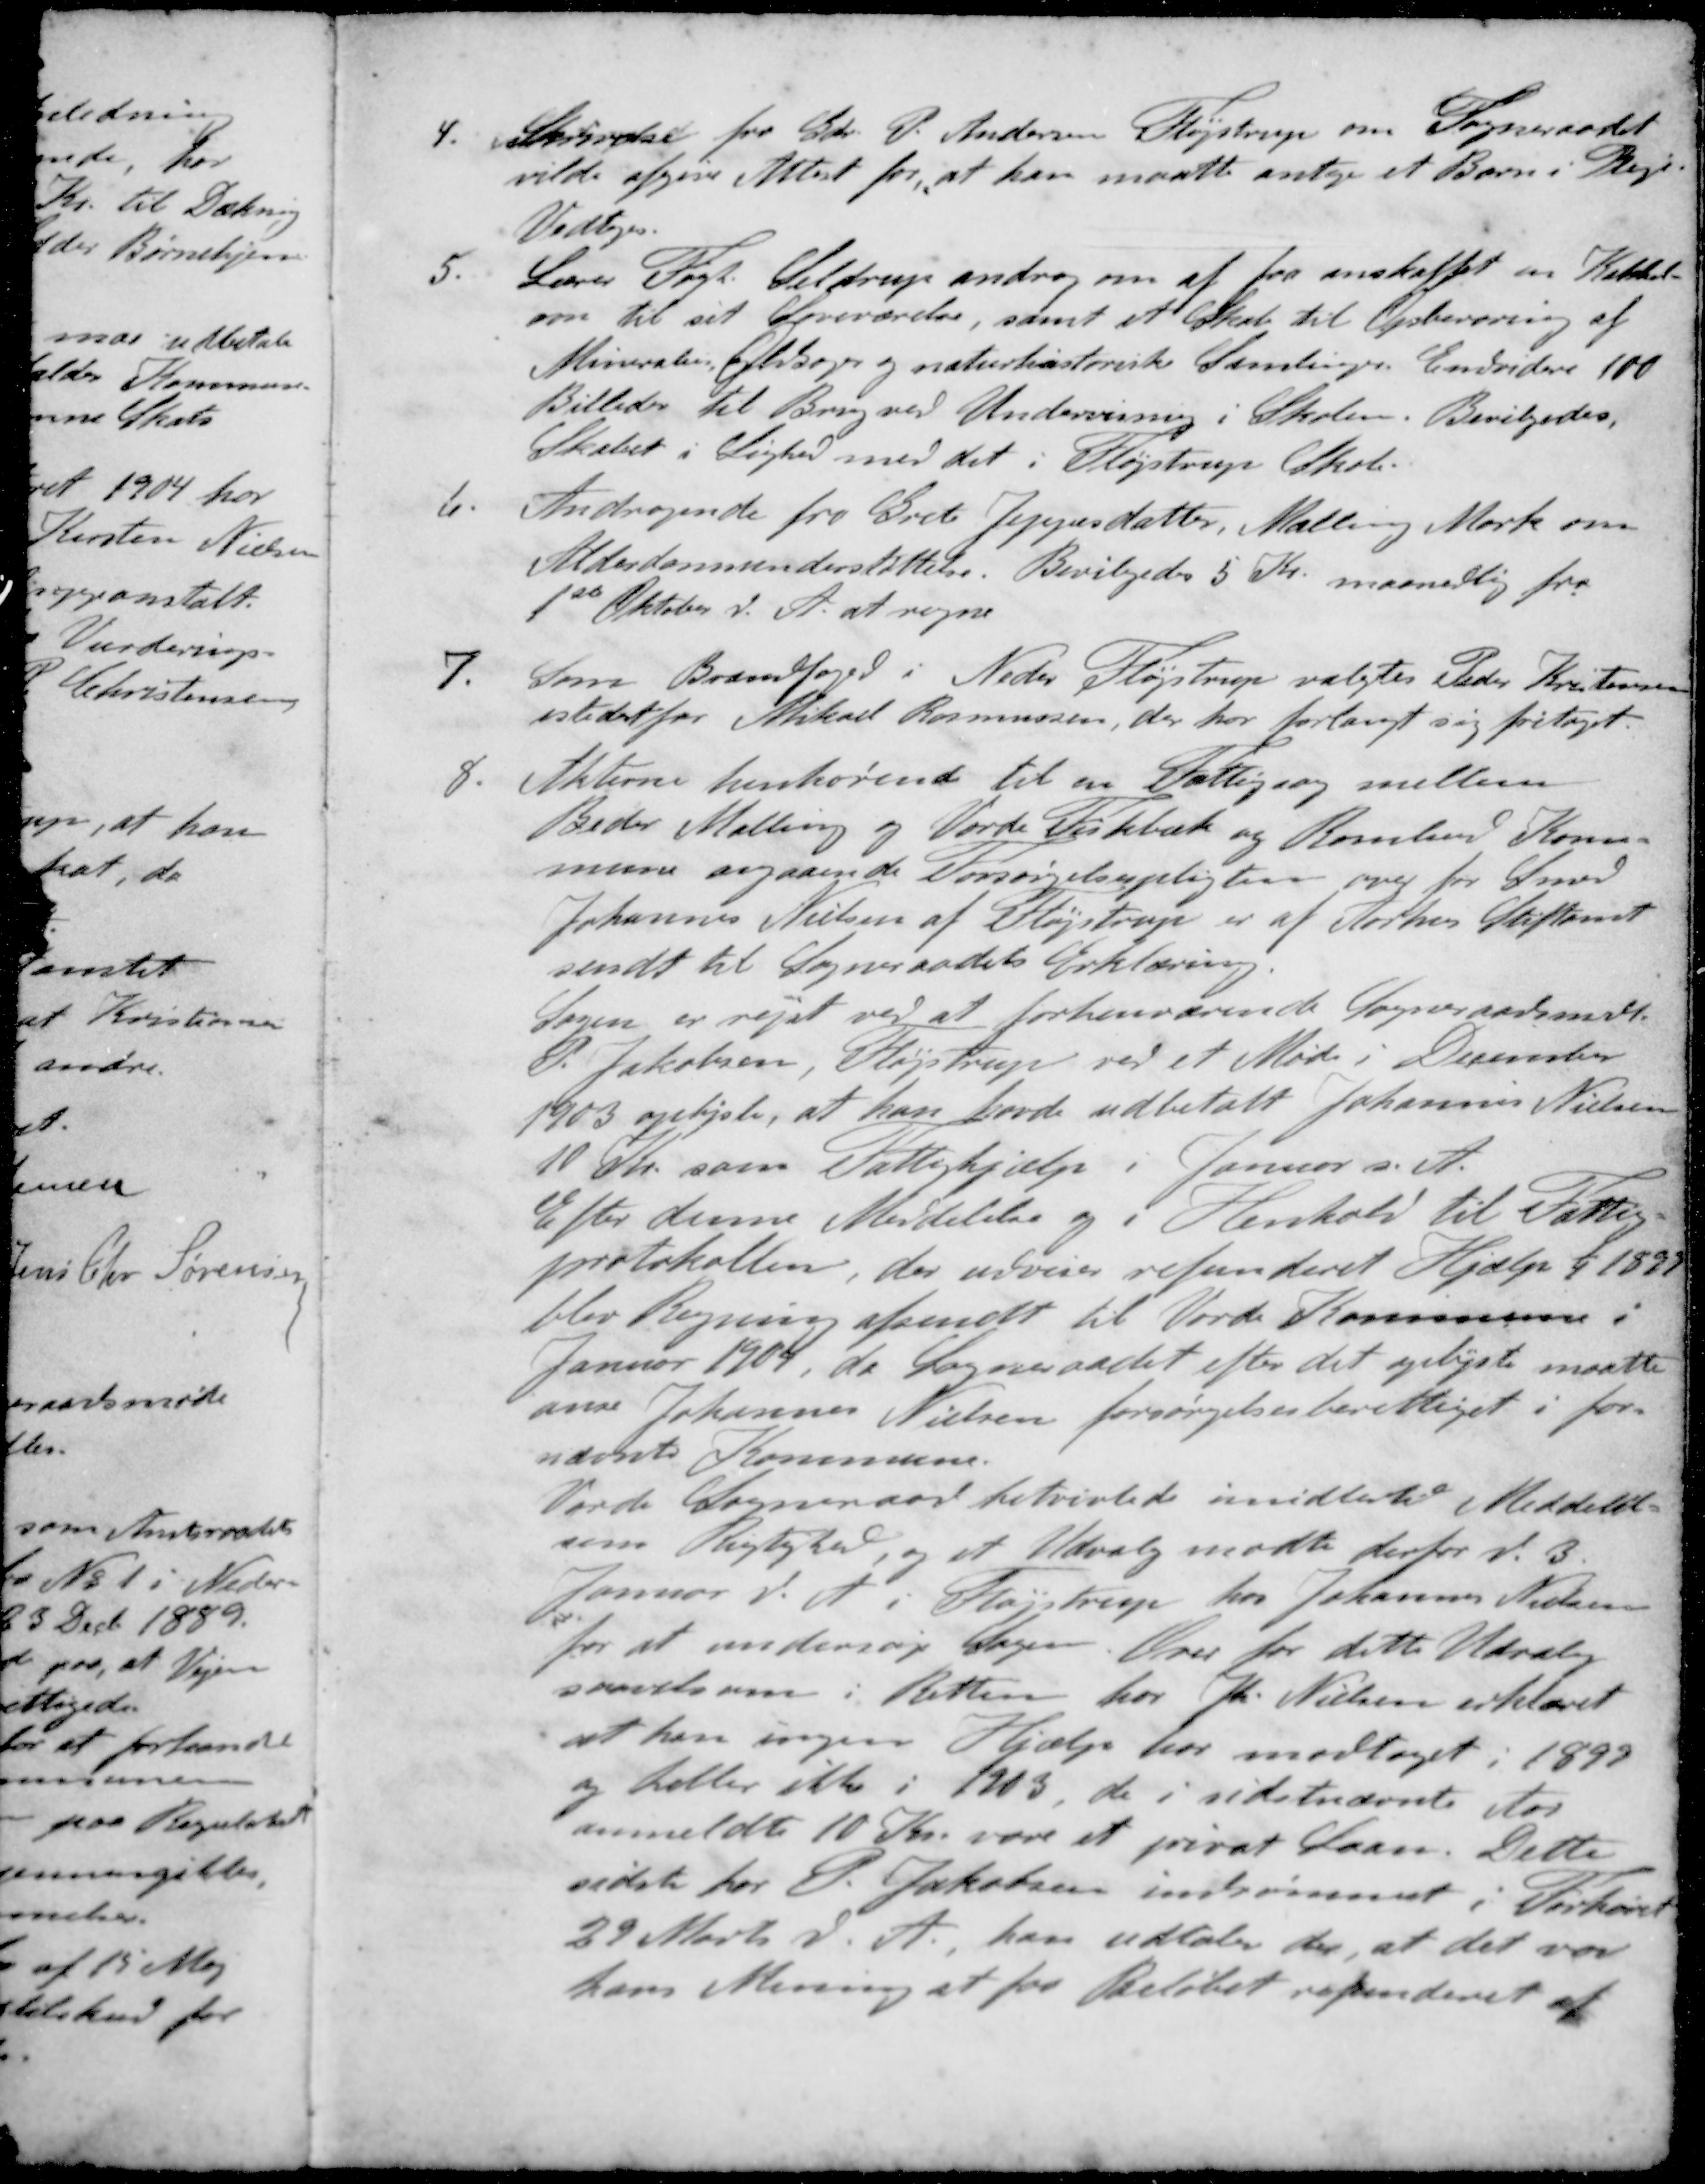
Transskription:
4. Skrivelse fra Gdr. P. Andersen Fløjstrup om Sogneraadet
vilde afgive Attest for, at han maatte antage et Barn i Pleje-
Vedtoges.
5.  Lærer Fogh Seldrup androg om at faa anskaffet en Kakkel-
ovn til sit Soveværelse, samt et Skab til Opbevaring af 
Minerale Oldsager og naturhistoriske Samlinger. Endvidere 100
Billeder til Brug ved Undervisning i Skolen. Bevilgedes.
Skabet i Lighed med det i Fløjstrup Skole
6. Andragende fra Grete Jeppesdatter, Malling Mark om
Alderdomsunderstøttelse. Bevilgedes 5 Kr. maanedlig fra
1ste Oktober d. A. at regne
7. Som Brandfoged i Neder Fløjstrup valgtes Peder Kristensen
istedetfor Mikael Rasmussen, der har forlangt sig fritaget.
8. Akterne henhørende til en Fattigsag mellem
Beder Malling og Vorde Fiskbæk og Romlund Kom-
mune angaaende Forsørgelspligten over for Smed
Johannes Nielsen af Fløjstrup er af Aarhus Stiftamt
sendt til Sogneraadets Erklæring.
Sagen er rejst ved at forhenværende Sogneraadsmøde
P. Jakobsen, Køjstrup ved et Møde i December
1903 oplyste, at han havde udbetalt Johannes Nielsen
10 Kr. som Fattighjælp i Januar s. A.
Efter denne Meddelelse og i Henhold til Fattig-
protokollen, der udviser refunderet Hjælp 1/4 1899
blev Regning afsendt til Vorde Kommune i
Januar 1904, da Sogneraadet efter det oplyste maatte
anse Johannes Nielsen forsørgelsesberettiget i for-
nævnte Kommune.
Vorde Sogneraad betvivlede imidlertid Meddelel-
sens Rigtighed, og et Udvalg mødte derfor d. 3.
Januar d. A. i Fløjstrup hos Johannes Nielsen
for at undersøge Sagen. Over for dette Udvalg
saavelsom i Retten for Jh. Nielsen erklæret
at han ingen Hjælp har modtaget i 1899
og heller ikke i 1903, de i sidstnævnte Aar
anmeldte 10 Kr. var et privat Laan. Dette
sidste for P. Jakobsen indrømmet i Forhøret
29 Marts d. A., han udtaler der, at det var
hans Mening at faa Beløbet refunderet af